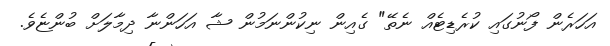
އަހަރެން ފޯނުގައި ކުރެޑިޓެއް ނެތޭ" ގެއިން ނިކުންނަމުން ޝާ އަހަންނާ ދިމާލަށް ބުންޏެވެ.